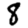
Digit: 8